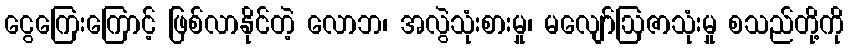
ငွေကြေးကြောင့် ဖြစ်လာနိုင်တဲ့ လောဘ၊ အလွဲသုံးစားမှု၊ မလျော်ဩဇာသုံးမှု စသည်တို့ကို